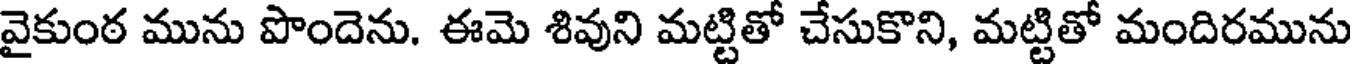
వైకుంఠ మును పొందెను. ఈమె శివుని మట్టితో చేసుకొని, మట్టితో మందిరమును